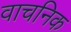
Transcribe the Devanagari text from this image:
वाचनिक